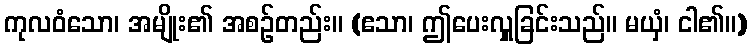
ကုလဝံသော၊ အမျိုး၏ အစဉ်တည်း။ (ဧသာ၊ ဤပေးလှူခြင်းသည်။ မယှံ၊ ငါ၏။)